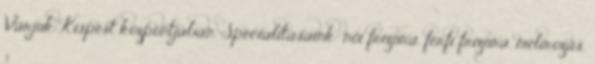
Várjuk Kispest központjában. Specialitásaink: női frizura, férfi frizura, melírozás,